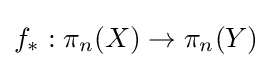
f_{*}:\pi _{n}(X)\to \pi _{n}(Y)